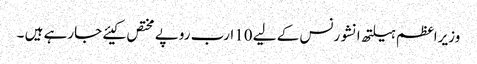
وزیراعظم ہیلتھ انشورنس کے لیے 10ارب روپے مختص کیئے جارہے ہیں ۔